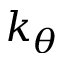
k _ { \theta }